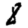
Digit: 8